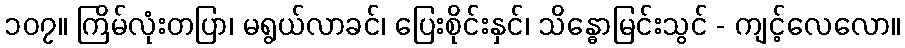
၁၀၇။ ကြိမ်လုံးတပြာ၊ မရွယ်လာခင်၊ ပြေးစိုင်းနှင်၊ သိန္ဓောမြင်းသွင် - ကျင့်လေလော။